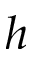
h